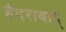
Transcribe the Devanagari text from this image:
हैदराबाद्